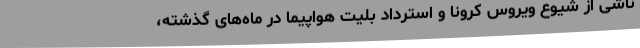
ناشی از شیوع ویروس کرونا و استرداد بلیت هواپیما در ماه‌های گذشته،